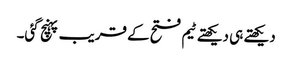
دیکھتے ہی دیکھتے ٹیم فتح کے قریب پہنچ گئی۔